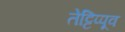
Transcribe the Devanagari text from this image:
तेट्टिप्पूव